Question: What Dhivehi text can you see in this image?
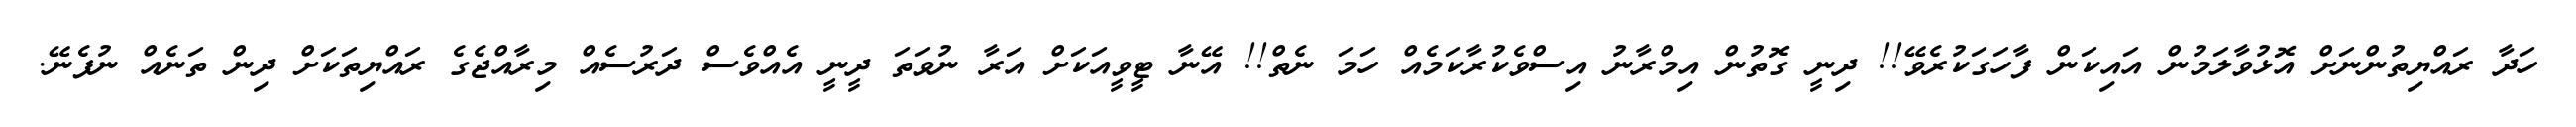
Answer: ހަދާ ރައްޔިތުންނަށް އޮޅުވާލަމުން އައިކަން ފާހަގަކުރެވޭ!! ދިނީ ގޮތުން އިމްރާނު އިސްވެކުރާކަމެއް ހަމަ ނެތް!! އޭނާ ޓީވީއަކަށް އަރާ ނުވަތަ ދީނީ އެއްވެސް ދަރުސެއް މިރާއްޖެގެ ރައްޔިތަކަށް ދިން ތަނެއް ނުފެނޭ.